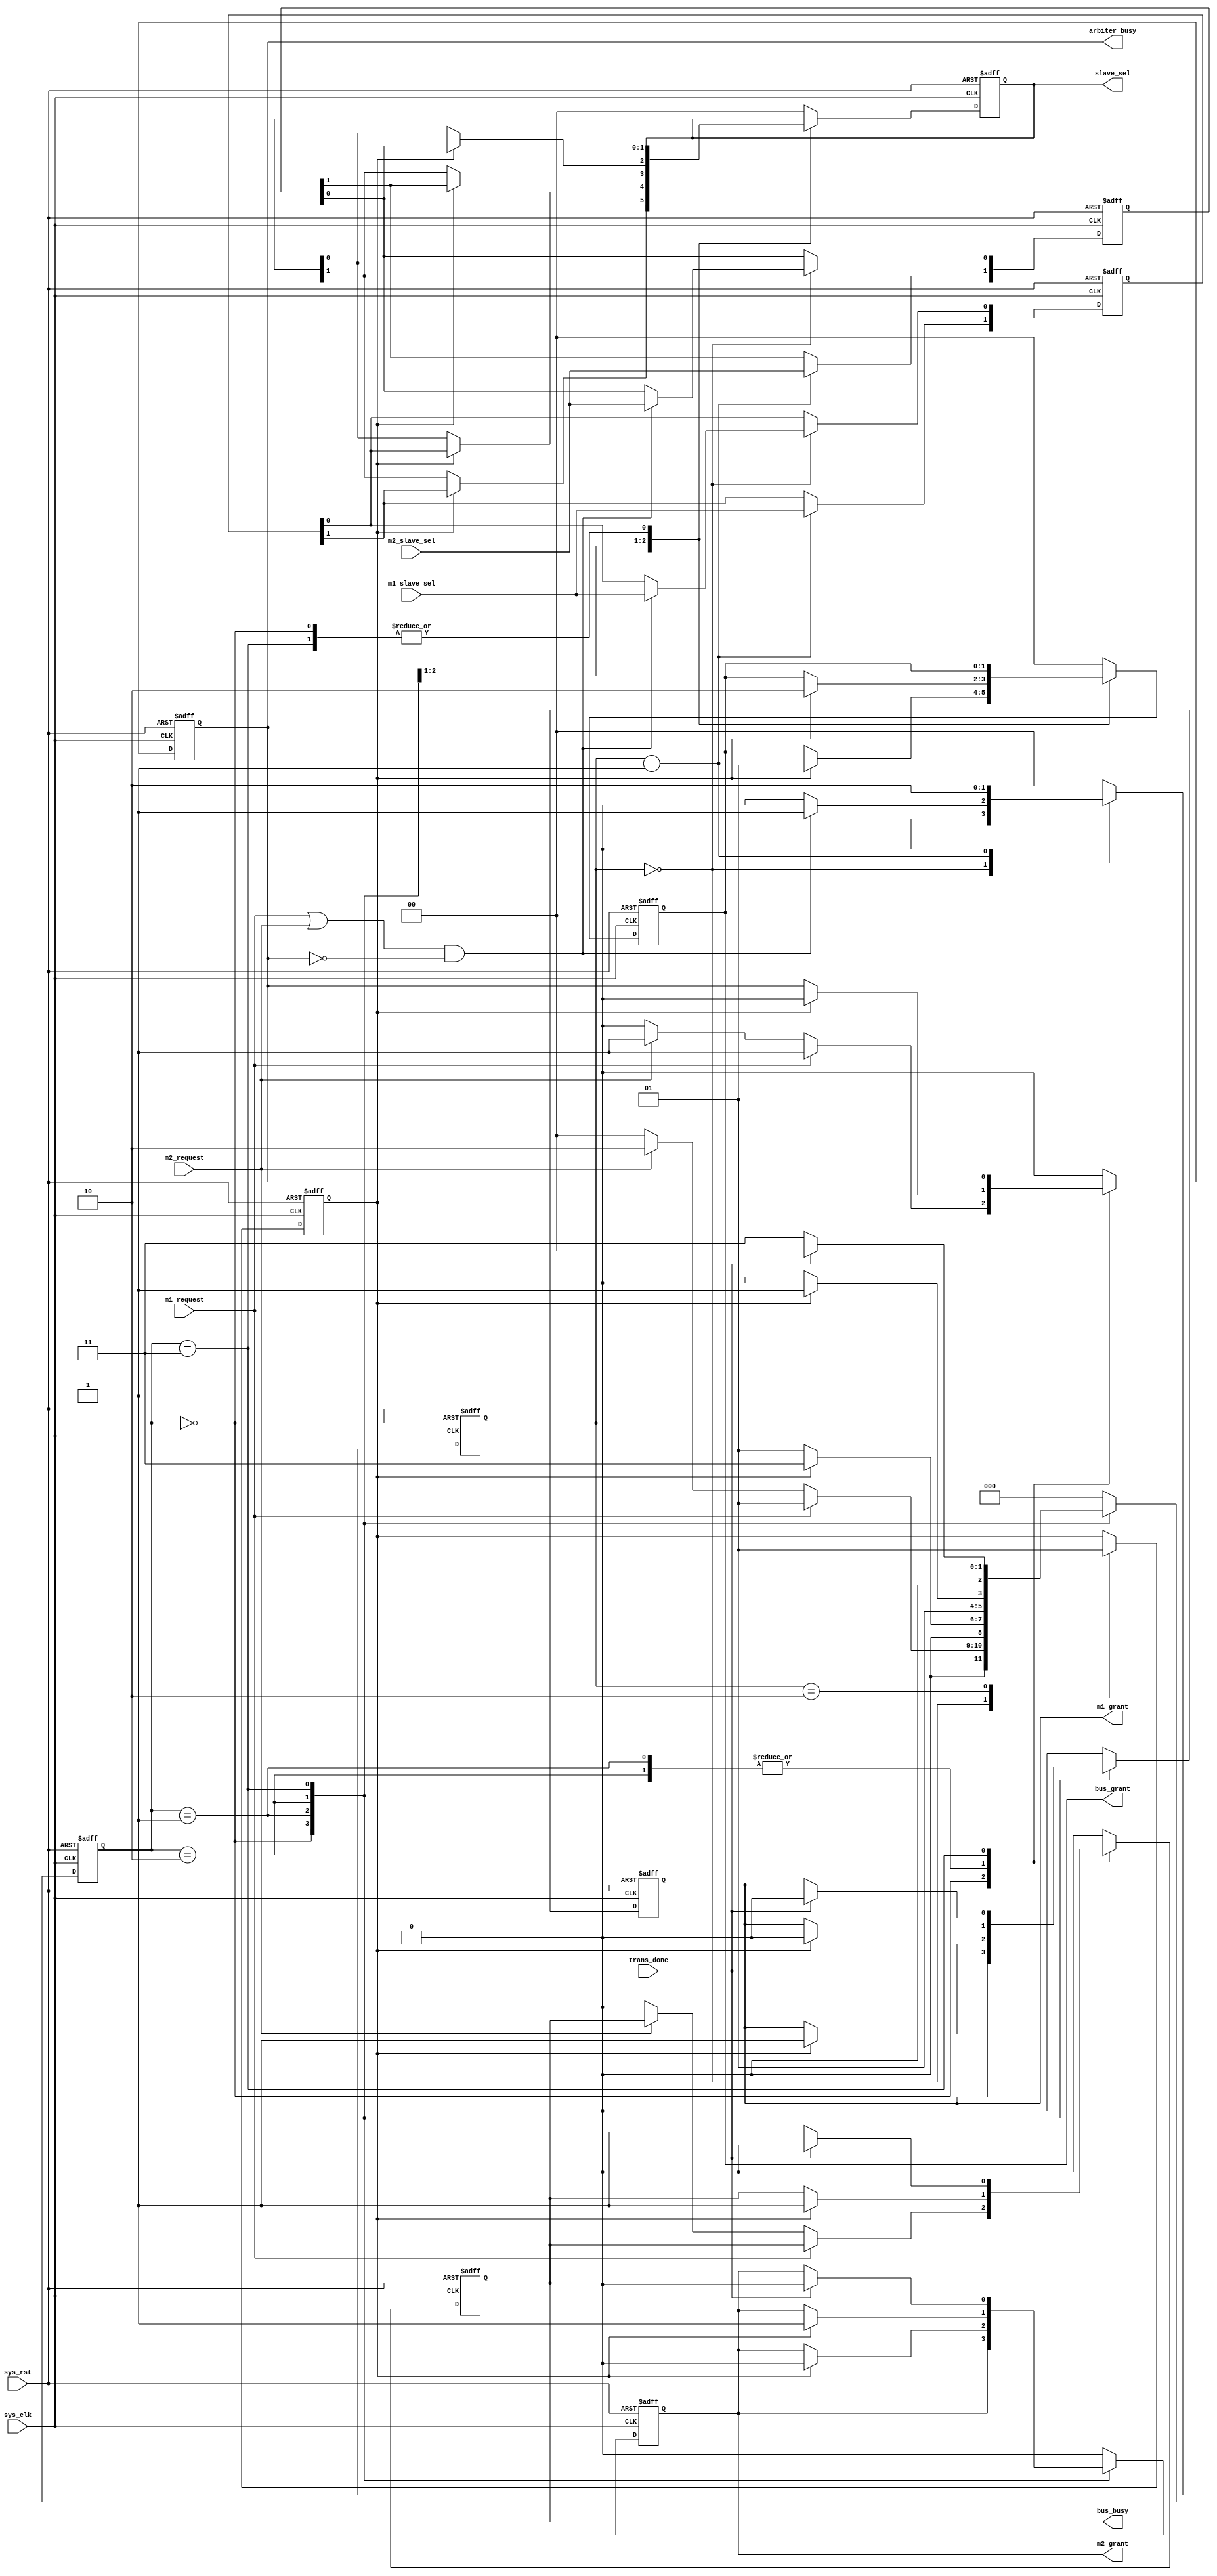
/* 
 file name : Bus_Arbiter.v

 Description:
	The bus arbiter to grant access to the bus
	
 Maintainers : Sanjula Thiranjaya <sthiranjaya@gmail.com>
					Sachini Wickramasinghe <sswickramasinghe@gmail.com>
					Kavish Ranawella <kavishranawella@gmail.com>
					
 Revision : v1.0 
*/

module Bus_Arbiter(

input sys_clk, //Both m1 and m2 clocks are equal
input sys_rst,
input m1_request, //marks the start of the transmission
input m2_request,
input m1_slave_sel,
input m2_slave_sel,
input trans_done,


output reg m1_grant,
output reg m2_grant,
output reg arbiter_busy,
output reg bus_busy,

output reg[1:0] bus_grant, //to mux
output reg[1:0] slave_sel //to mux
);

parameter[2:0] IDLE_STATE = 3'd0;
parameter[2:0] MASTER1_REQUEST_STATE = 3'd1;
parameter[2:0] MASTER2_REQUEST_STATE  = 3'd2;
parameter[2:0] BUS_BUSY_STATE = 3'd3;

reg [2:0] arbiter_state;
reg [1:0] rx_m1_slave;
reg [1:0] rx_m2_slave;
reg [1:0] clk_count;
reg slave_sel_done;

reg [1:0] slave_addr_state = 0;
wire start = m1_request || m2_request;

parameter 
idle = 0, 
addr1 = 1, 
addr2 = 2; 
/////////////////////////////////////////////////
always @(posedge sys_clk or posedge sys_rst) 
begin
    if (sys_rst == 1'b1)
    begin
        rx_m1_slave <= 2'b0;
        rx_m2_slave <= 2'b0;
		  slave_sel_done <= 1'b0;
		  slave_addr_state <= idle;
        
    end
	else
    begin
		case (slave_addr_state)
			idle:begin
				if (start == 1 & arbiter_busy == 0)
				begin
					slave_addr_state <= addr1;
                rx_m1_slave[0] <= m1_slave_sel;
                rx_m2_slave[0] <= m2_slave_sel;
               slave_sel_done <= 1'b0;
				end
				else
					slave_addr_state <= idle;
               slave_sel_done <= 1'b0;
            end    
	   addr1:begin
		slave_addr_state <= addr2;
                rx_m1_slave[1] <= m1_slave_sel;
                rx_m2_slave[1] <= m2_slave_sel;
            end
            addr2: begin
		slave_addr_state <= idle;
                slave_sel_done = 1'b1;
            end
            default: begin
                slave_addr_state <= idle;
            end  
        endcase
    end
end   


////state machine to grant permission to the masters based on priority
always @(posedge sys_clk or posedge sys_rst)
begin
if (sys_rst == 1'b1)
    begin
        arbiter_state <= IDLE_STATE ;
        m1_grant = 0;
        m2_grant = 0; 
        bus_grant = 2'b0;
        slave_sel = 2'b0;
	     arbiter_busy = 0;
		  bus_busy = 0;
    end
else 
    begin
    case (arbiter_state)
    IDLE_STATE :begin      
            if (m1_request == 1'b1) //priority
            begin
                arbiter_state <= MASTER1_REQUEST_STATE ;	
					 arbiter_busy = 1;
            end
            else if (m2_request == 1'b1 ) 
            begin
                arbiter_state <= MASTER2_REQUEST_STATE ;
                arbiter_busy = 1;
            end
            else
            begin
                arbiter_state <= IDLE_STATE ;
					 arbiter_busy = 0;
					 bus_busy = 0;
            end
        end
    MASTER1_REQUEST_STATE :begin
            if (slave_sel_done == 1'b1)        
            begin
                arbiter_state <= BUS_BUSY_STATE;
                bus_grant = 2'd1;
					 m1_grant = 1;
					 m2_grant = 0;
                slave_sel[0] = rx_m1_slave[0];
                slave_sel[1] = rx_m1_slave[1];
         	    arbiter_busy = 0;
					 bus_busy = 1;
            end
            else
            begin
                arbiter_state <= MASTER1_REQUEST_STATE ;
            end
        end
    MASTER2_REQUEST_STATE :begin
            if (slave_sel_done == 1'b1)            
            begin
                arbiter_state <= BUS_BUSY_STATE;
                bus_grant = 2'd2;
                m2_grant = 1;
					 m1_grant = 0;
                slave_sel[0] = rx_m2_slave[0];
                slave_sel[1] = rx_m2_slave[1];
         	    arbiter_busy = 0;
					 bus_busy = 1;
            end
            else
            begin
                arbiter_state <= MASTER2_REQUEST_STATE ;
            end
        end
    BUS_BUSY_STATE :begin
            if (trans_done == 1'b1)            
            begin
                arbiter_state <= IDLE_STATE;
				bus_busy = 0;
			    m1_grant = 0;
                m2_grant = 0;
            end
            // else if (slave_split_en == 1'b1)
			// begin
            //     arbiter_state <= SPLIT_TRANSACTION_STATE;
			//     previous_grant <= bus_grant;
			// 	previous_slave_select <= slave_sel;
			// 	bus_busy = 0;
			// end
            else
            begin
                arbiter_state <= BUS_BUSY_STATE ;
					 bus_busy = 1;
            end
        end

        default : begin
            arbiter_state <= IDLE_STATE ;
            m1_grant = 0;
            m2_grant = 0; 
            bus_grant = 2'b0;
            slave_sel = 2'b0;
				arbiter_busy = 0;
				bus_busy = 0;
        end
    endcase
    end
end


endmodule